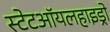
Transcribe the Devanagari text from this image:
स्टेटऑयलहाइड्रो